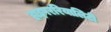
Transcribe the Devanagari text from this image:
हाइपररियालिटी